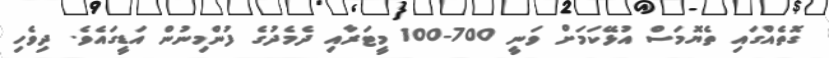
ގޮތެއްގައި ތެޔޮމަސް އުޅޭކަމަށް ވަނީ 700-100 މީޓަރާއި ދެމެދުގެ ފުންމިނުން އަޑީގައެވެ. ދިވެހި